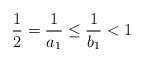
LaTeX: \begin{align*}\frac{1}{2} = \frac{1}{a_1} \leq \frac{1}{b_1} < 1\end{align*}